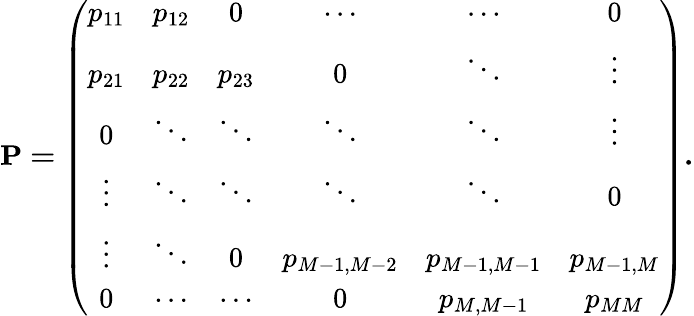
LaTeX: {\mathbf{{P}=\left({\begin{array}{cccccc}{p_{11}}&{p_{12}}&{0}&{\cdots}&{\cdots}&{0}\\ {p_{21}}&{p_{22}}&{p_{23}}&{0}&{\ddots}&{\vdots}\\ {0}&{\ddots}&{\ddots}&{\ddots}&{\ddots}&{\vdots}\\ {\vdots}&{\ddots}&{\ddots}&{\ddots}&{\ddots}&{0}\\ {\vdots}&{\ddots}&{0}&{p_{M-1,M-2}}&{p_{M-1,M-1}}&{p_{M-1,M}}\\ {0}&{\cdots}&{\cdots}&{0}&{p_{M,M-1}}&{p_{MM}}\end{array}}\right).}}